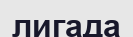
лигада